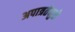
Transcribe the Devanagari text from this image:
अपात्रतेमुळे